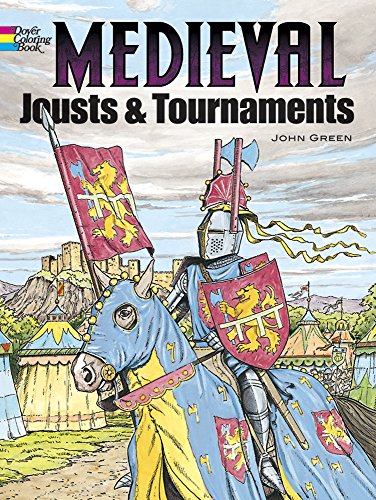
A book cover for Medieval Jousts and Tournaments (Dover History Coloring Book); John Green; Children's Books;